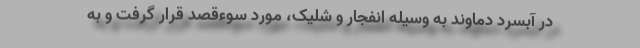
در آبسرد دماوند به وسیله انفجار و شلیک، مورد سوءقصد قرار گرفت و به